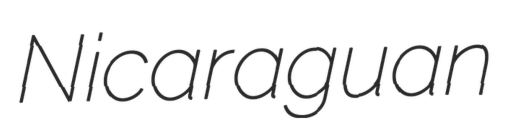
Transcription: Nicaraguan